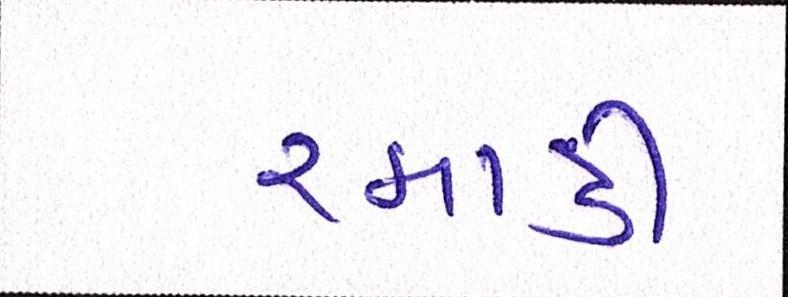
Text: રમાડી